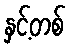
နှင့်တစ်